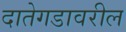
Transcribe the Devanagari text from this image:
दातेगडावरील